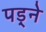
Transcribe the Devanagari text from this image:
पड़्ने